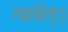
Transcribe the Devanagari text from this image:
न्यसेत्‌।